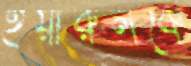
ইয়ারুলকে